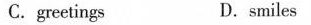
C.greetings D.smiles